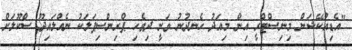
"އެޑިއުކޭޝަން މިނިސްޓްރީ އިން މިއަދު ހެނދުނު ވަނީ ދިވެހި ޕްރިންސިޕަލަކު ނެއްލައިދޫ ސްކޫލަށް